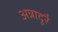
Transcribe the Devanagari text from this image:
अन्नादूरै